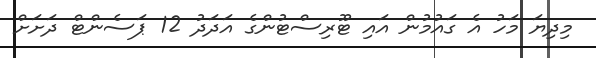
މިދިޔަ މަހު އެ ގައުމުން އައި ޓޫރިސްޓުންގެ އަދަދު 12 ޕަސެންޓް ދަށަށް